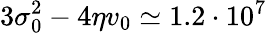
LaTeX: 3\sigma_{0}^{2}-4\eta v_{0}\simeq 1.2\cdot 10^{7}